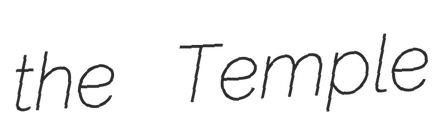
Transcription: the Temple